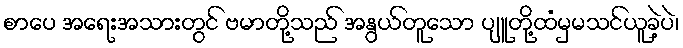
စာပေ အရေးအသားတွင် ဗမာတို့သည် အနွယ်တူသော ပျူတို့ထံမှမသင်ယူခဲ့ပဲ၊